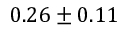
0 . 2 6 \pm 0 . 1 1